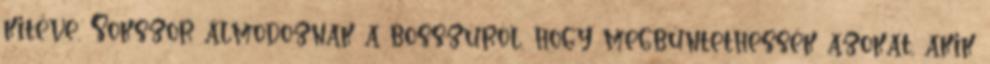
kitéve. Sokszor álmodoznak a bosszúról, hogy megbüntethessék azokat, akik